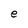
Character: e